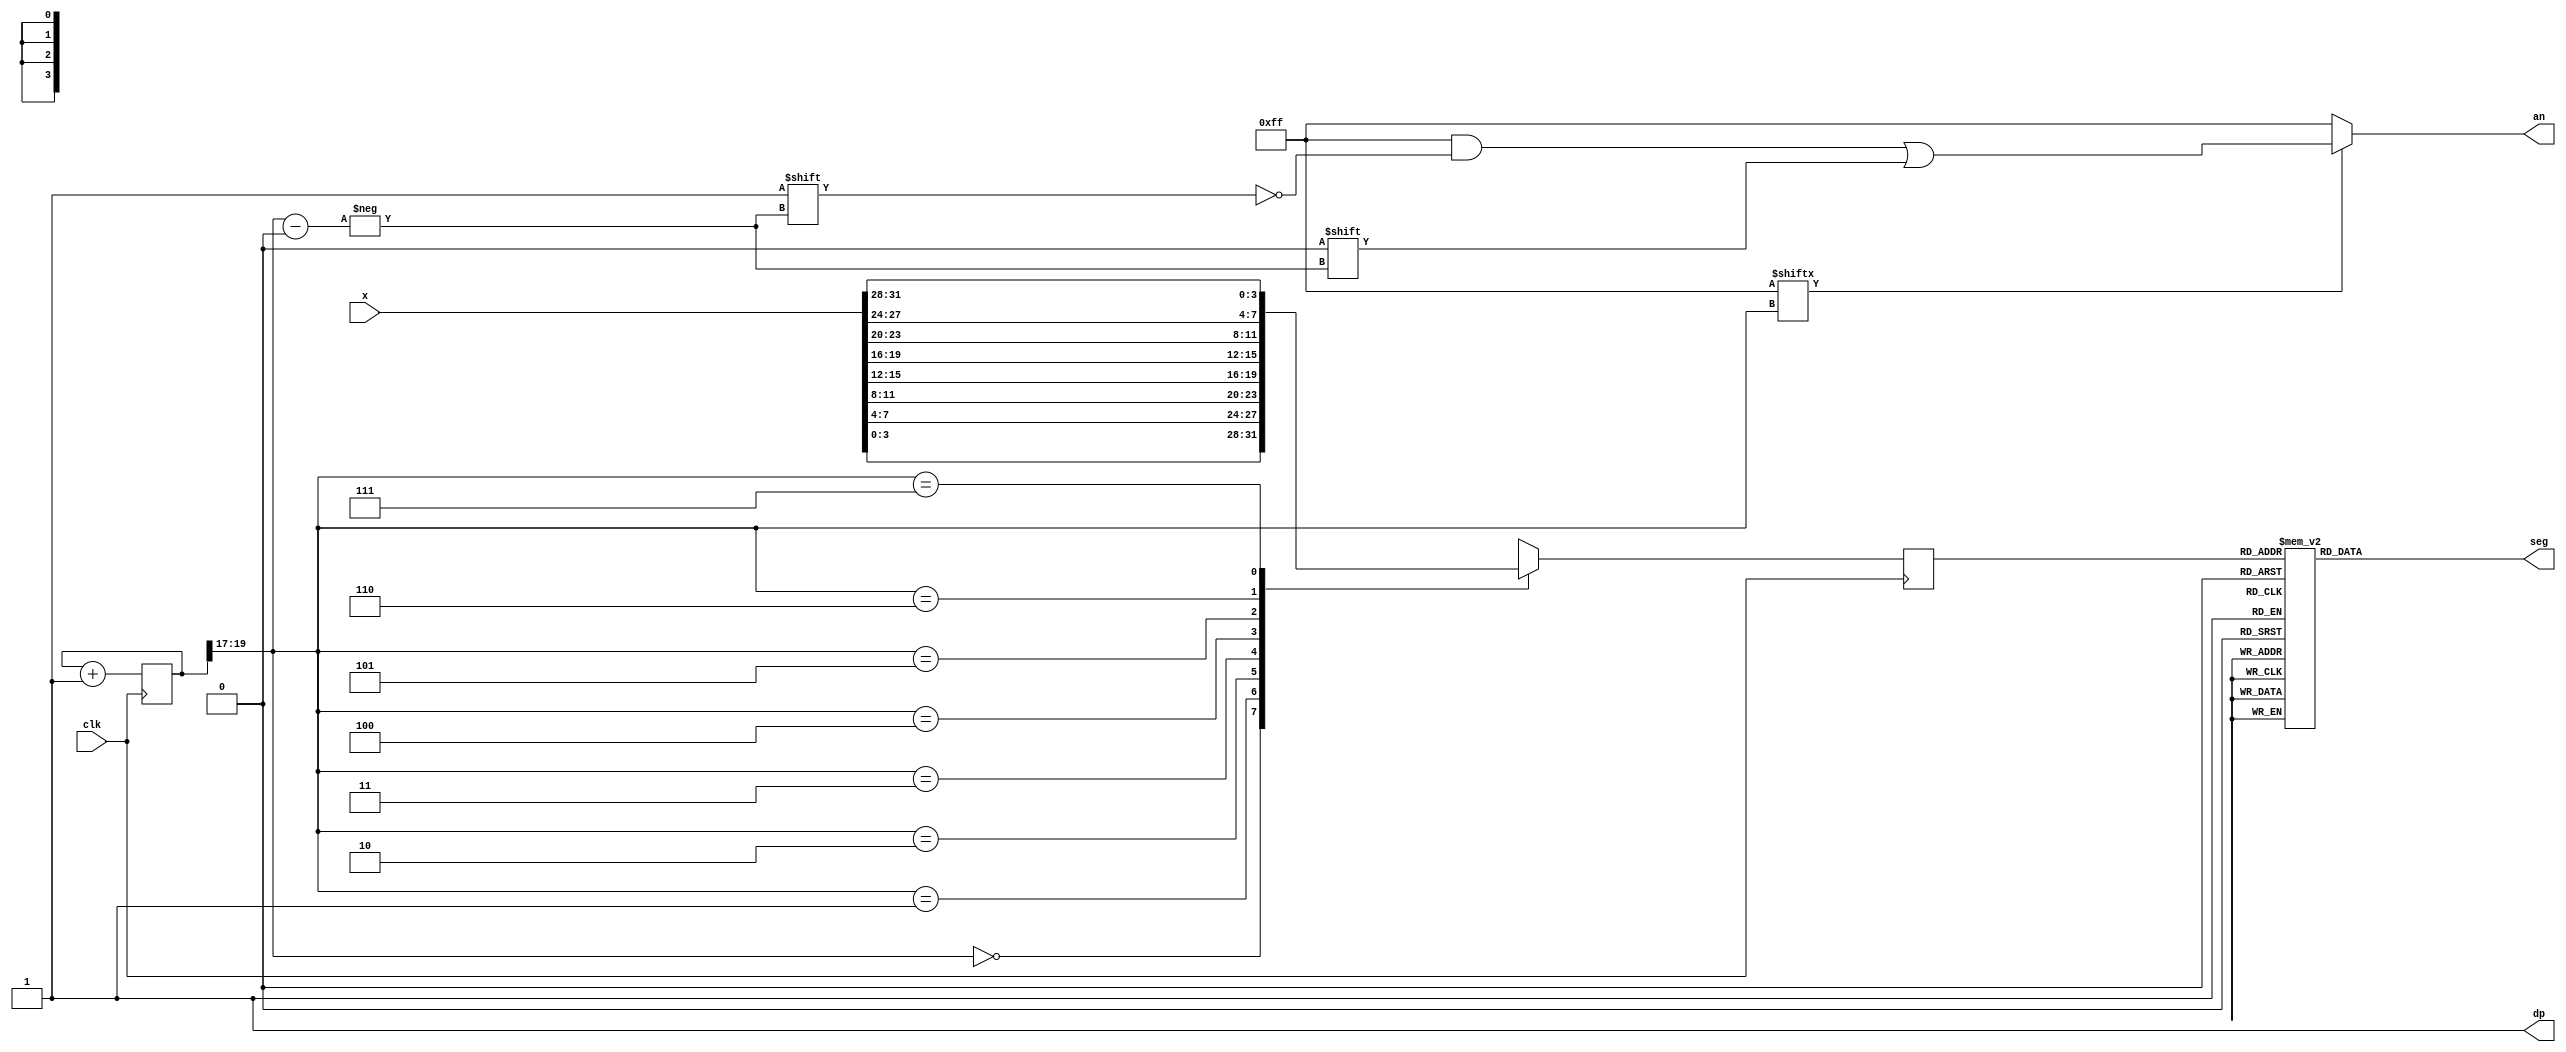
module seg7decimal_2(
	input [31:0] x,
    input clk,
    output reg [6:0] seg,
    output reg [7:0] an,
    output wire dp 
	 );
wire [2:0] s;	 
reg [3:0] digit;
wire [7:0] aen;
reg [19:0] clkdiv;
assign dp = 1;
assign s = clkdiv[19:17];
assign aen = 8'b11111111; 
always @(posedge clk)
	case(s)
	0:digit = x[3:0]; 
	1:digit = x[7:4]; 
	2:digit = x[11:8]; 
	3:digit = x[15:12]; 
	4:digit = x[19:16]; 
    5:digit = x[23:20]; 
    6:digit = x[27:24]; 
    7:digit = x[31:28]; 
	default:digit = x[3:0];
	endcase
	always @(*)
case(digit)
0:seg = 7'b1000000;
1:seg = 7'b1111001;
2:seg = 7'b0100100;
3:seg = 7'b0110000;
4:seg = 7'b0011001;
5:seg = 7'b0010010;
6:seg = 7'b0000010;
7:seg = 7'b1111000;
8:seg = 7'b0000000;
9:seg = 7'b0010000;
'hA:seg = 7'b0001000; 
'hB:seg = 7'b0000011; 
'hC:seg = 7'b1000110;
'hD:seg = 7'b0100001;
'hE:seg = 7'b0000110;
'hF:seg = 7'b0001110;
default: seg = 7'b0000000; 
endcase
always @(*)begin
an=8'b11111111;
if(aen[s] == 1)
an[s] = 0;
end
always @(posedge clk) begin
clkdiv <= clkdiv+1;
end
endmodule